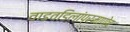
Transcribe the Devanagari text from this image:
वाडवडिलांप्रमाणेच